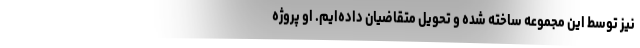
نيز توسط این مجموعه ساخته شده و تحويل متقاضيان داده‌ایم. او پروژه